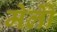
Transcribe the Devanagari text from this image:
मेलोें